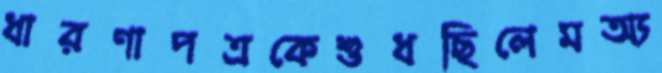
ধারণাপত্রকেশুধছিলেমঅ্য